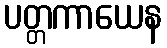
ပတ္တကာယေန